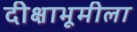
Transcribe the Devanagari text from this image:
दीक्षाभूमीला